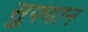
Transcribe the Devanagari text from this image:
सुफ्यान